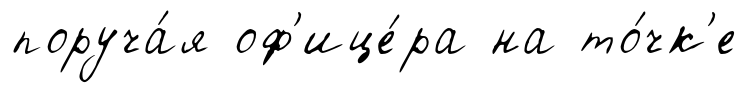
поруча́я оф'ице́ра на то́чк'е